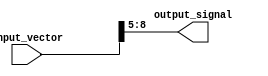
module PartSelectContinuousAssignment (
    input wire [15:0] input_vector,  // 16-bit input vector (can be of any width)
    output wire [3:0] output_signal   // 4-bit output signal to hold selected bits
);

// Select bits from 5 to 8 (4 bits total) of the input_vector
assign output_signal = input_vector[8:5];  // Part select assignment

endmodule